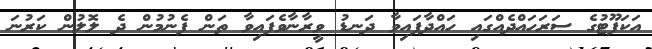
އަކަފޫޓުގެ ސަރަހައްދެއްގައި ހައްދާފައިވާ ދަނޑު ވީރާނާވެފައިވާ ތަން ފެނުމުން ދެ ލޮލުން ކަރުނަ